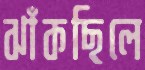
ঝাঁকছিলে